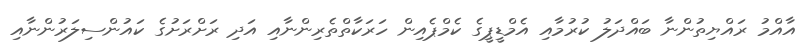
އާއްމު ރައްޔިތުންނާ ބައްދަލު ކުރުމާއި އެމްޑީޕީގެ ކެމްޕެއިން ހަރަކާތްތެރިންނާއި އަަދި ރަށްރަށުގެ ކައުންސިލަރުންނާއި